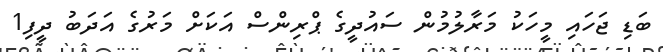
ބަޑި ޖަހައި މީހަކު މަރާލުމުން ސައުދީގެ ޕްރިންސް އަކަށް މަރުގެ އަދަބު ދީފި1